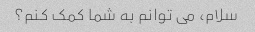
سلام، می توانم به شما کمک کنم؟